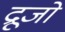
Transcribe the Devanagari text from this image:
द्रूजो